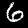
Digit: 6